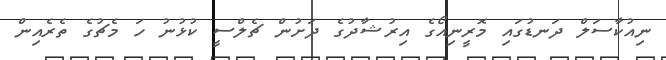
ނިއުކާސަލް ދަނޑުގައި މޮރީނިއޯގެ އިރުޝާދުގެ ދަށުން ޗެލްސީ ކުޅުނު ހަ މެޗުގެ ތެރެއިން